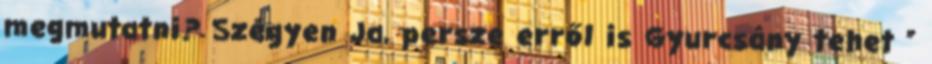
megmutatni? Szégyen Ja, persze erről is Gyurcsány tehet ”